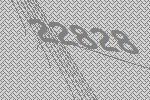
22828